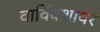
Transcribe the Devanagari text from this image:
वार्विक्शायर